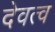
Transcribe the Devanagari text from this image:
देवत्‍व